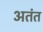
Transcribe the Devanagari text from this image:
अतंत